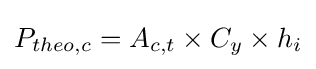
P_{theo,c}=A_{c,t}\times C_{y}\times h_{i}